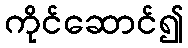
ကိုင်ဆောင်၍